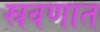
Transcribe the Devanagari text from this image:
स्रवणात